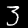
Label: 3